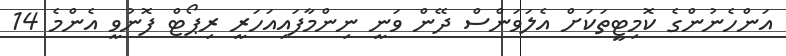
އަންހެނުންގެ ކޮމިޓީތަކަށް އެލަވަންސް ދޭން ވަނީ ނިންމާފައިއަހަރީ ރިޕޯޓް ފޮނުވީ އެންމެ 14